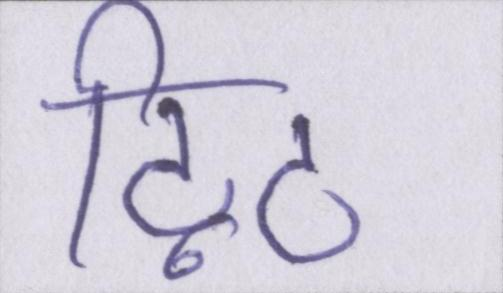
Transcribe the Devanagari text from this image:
ट्विट